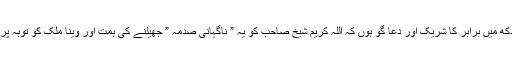
بحرحال میں شیخ صاحب کے اس دکھ میں برابر کا شریک اور دعا گو ہوں کہ اللہ کریم شیخ صاحب کو یہ ” ناگہانی صدمہ ” جھیلنے کی ہمت اور وینا ملک کو توبہ پر قائم رہنے کی توفیق عطا فرمائے۔